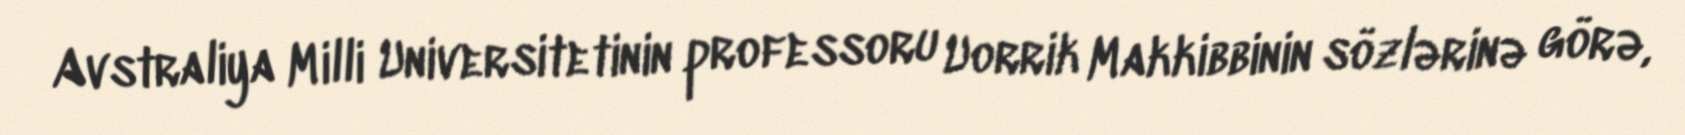
Avstraliya Milli Universitetinin professoru Uorrik Makkibbinin sözlərinə görə,